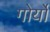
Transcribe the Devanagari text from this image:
गोर्यो